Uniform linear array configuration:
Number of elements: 8
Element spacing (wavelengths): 0.5
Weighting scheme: kaiser
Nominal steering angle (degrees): -15
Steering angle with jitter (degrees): -13.059
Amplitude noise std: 0.05
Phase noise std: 0.05

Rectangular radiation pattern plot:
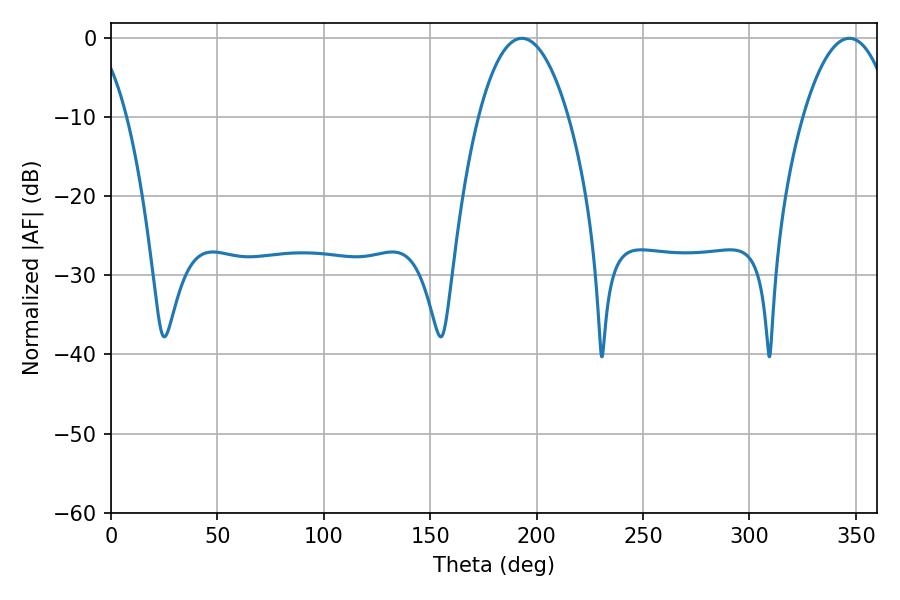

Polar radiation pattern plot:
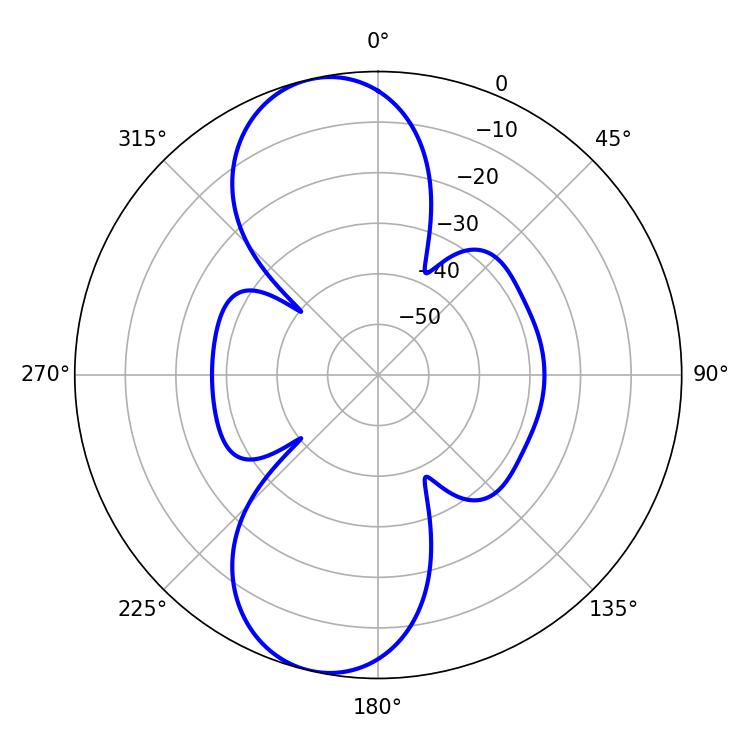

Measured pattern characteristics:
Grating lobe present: FALSE
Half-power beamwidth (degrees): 23.4
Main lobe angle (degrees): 193.14